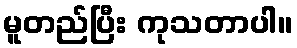
မူတည်ပြီး ကုသတာပါ။